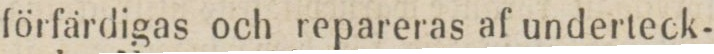
förfärdigas och repareras af underteck-